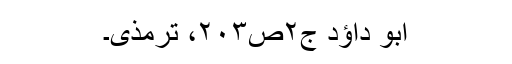
ابو داؤد ج۲ص۲۰۳، ترمذی۔